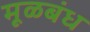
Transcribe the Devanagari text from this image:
मूळबंध